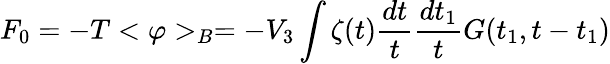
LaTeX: F_{0}=-T<\varphi>_{B}=-V_{3}\int\zeta(t)\frac{dt}{t}\frac{dt_{1}}{t}G(t_{1},t-t_{1})